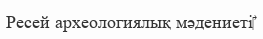
Ресей археологиялық мәдениеті‎